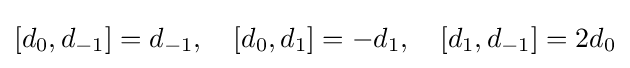
[d_{0},d_{-1}]=d_{-1},\quad [d_{0},d_{1}]=-d_{1},\quad [d_{1},d_{-1}]=2d_{0}